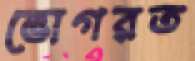
ভোগরত